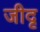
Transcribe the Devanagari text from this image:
जीदृ